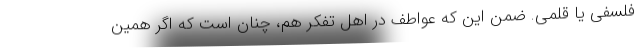
فلسفی یا قلمی. ضمن این که عواطف در اهل تفکر هم، چنان است که اگر همین